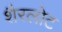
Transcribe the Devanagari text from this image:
शैरलोट